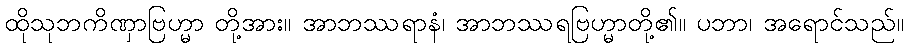
ထိုသုဘကိဏှာဗြဟ္မာ တို့အား။ အာဘဿရာနံ၊ အာဘဿရဗြဟ္မာတို့၏။ ပဘာ၊ အရောင်သည်။